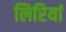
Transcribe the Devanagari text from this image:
लिरियां